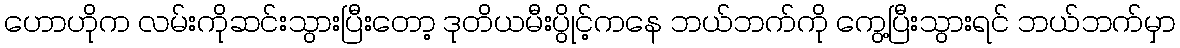
ဟောဟိုက လမ်းကိုဆင်းသွားပြီးတော့ ဒုတိယမီးပွိုင့်ကနေ ဘယ်ဘက်ကို ကွေ့ပြီးသွားရင် ဘယ်ဘက်မှာ